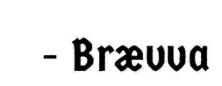
- Brævva